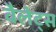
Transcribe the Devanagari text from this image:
वैलेट्स